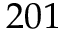
2 0 1